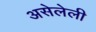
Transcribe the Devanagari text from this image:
असेलेली